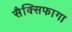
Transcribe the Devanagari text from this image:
सैक्सिफागा